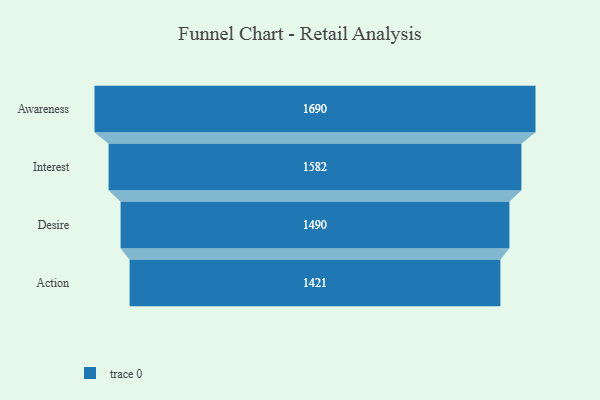
{"axis": {"x": "Stage", "y": "Value"}, "legend": [""], "data": [{"x": "Awareness", "y": 1690.0, "type": ""}, {"x": "Interest", "y": 1582.0, "type": ""}, {"x": "Desire", "y": 1490.0, "type": ""}, {"x": "Action", "y": 1421.0, "type": ""}]}